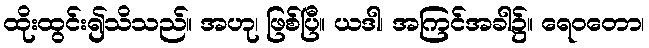
ထိုးထွင်း၍သိသည်။ အဟု၊ ဖြစ်ပြီ။ ယဒါ၊ အကြင်အခါ၌။ ရေဝတော၊